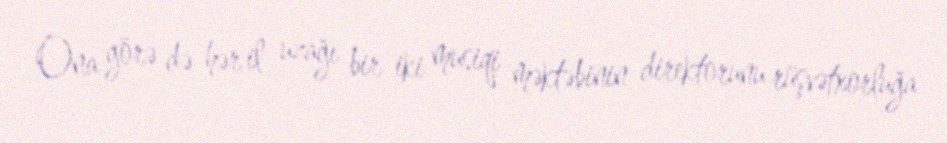
Ona görə də hər il uzağı bir-iki musiqi məktəbinin direktorunu rüşvətxorluğa